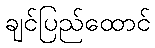
ချင်ပြည်ထောင်